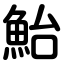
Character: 鮐